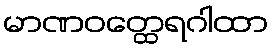
မာဏဝတ္ထေရဂါထာ